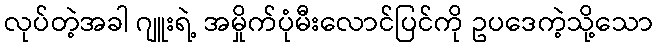
လုပ်တဲ့အခါ ဂျူးရဲ့ အမှိုက်ပုံမီးလောင်ပြင်ကို ဥပဒေကဲ့သို့သော